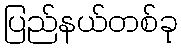
ပြည်နယ်တစ်ခု